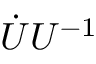
\Dot { U } U ^ { - 1 }